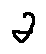
\alpha